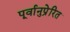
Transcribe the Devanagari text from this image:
पूर्वानुप्रेरित